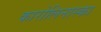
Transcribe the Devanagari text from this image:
कारोलिनास्का